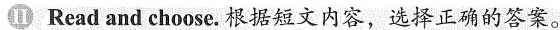
II Read and choose.根据短文内容,选择正确的答案.